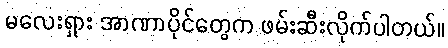
မလေးရှား အာဏာပိုင်တွေက ဖမ်းဆီးလိုက်ပါတယ်။